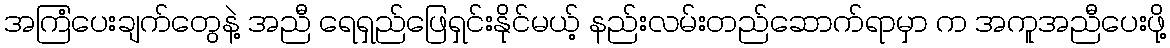
အကြံပေးချက်တွေနဲ့ အညီ ရေရှည်ဖြေရှင်းနိုင်မယ့် နည်းလမ်းတည်ဆောက်ရာမှာ က အကူအညီပေးဖို့